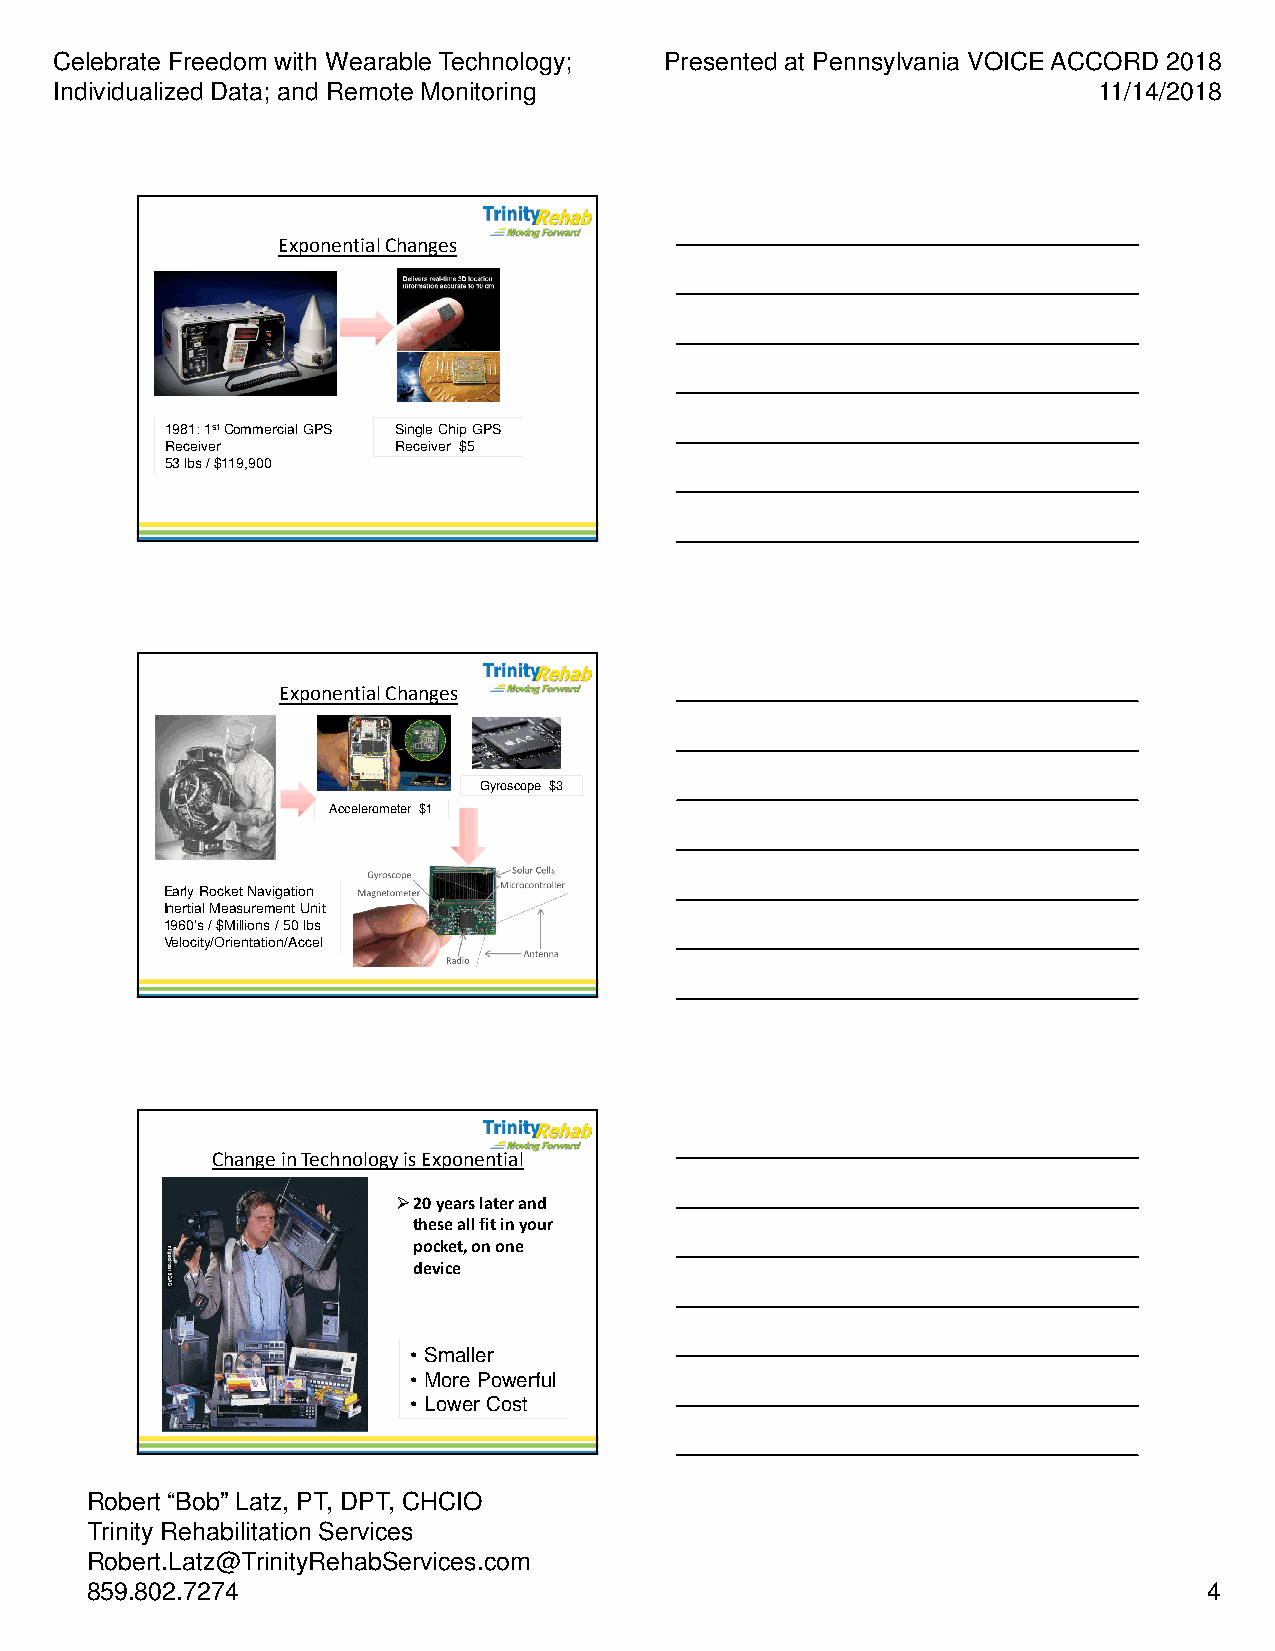
Celebrate Freedom with Wearable Technology; Presented at Pennsylvania VOICE ACCORD 2018
 Individualized Data; and Remote Monitoring                           11/14/2018
 Exponential Changes
 1981: 1stCommercial GPS Single Chip GPS
 Receiver       Receiver $5
 53 lbs/ $119,900
 Exponential Changes
 Gyroscope $3
 Accelerometer $1
 Early Rocket Navigation
 Inertial Measurement Unit
 1960’s / $Millions / 50 lbs
 Velocity/Orientation/Accel
 Change in Technology is Exponential
 20 years later and
 these all fit in your
 pocket, on one
 device
 • Smaller
 • More Powerful
 • Lower Cost
 Robert “Bob” Latz, PT, DPT, CHCIO
 Trinity Rehabilitation Services
 Robert.Latz@TrinityRehabServices.com
 859.802.7274                                                              4